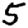
Digit: 5